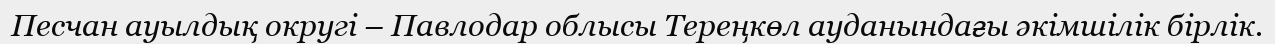
Песчан ауылдық округі – Павлодар облысы Тереңкөл ауданындағы әкімшілік бірлік.